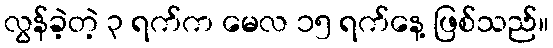
လွန်ခဲ့တဲ့ ၃ ရက်က မေလ ၁၅ ရက်နေ့ ဖြစ်သည်။